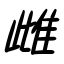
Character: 雌